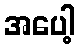
အပေါ့